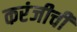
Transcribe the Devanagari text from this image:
करंजीची